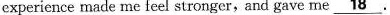
exper;cnce rrade tne feel stronger, and gave me \underline{18}.